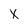
Character: x